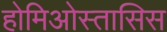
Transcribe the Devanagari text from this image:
होमिओस्तासिस